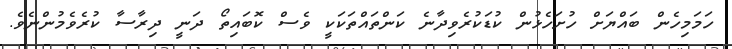
ހަމަމިހެން ބައްޔަށް ހުށަހެޅުން ކުޑަކުރެވިދާނެ ކަންތައްތަކަކީ ވެސް ކޮބައިތޯ ދަނީ ދިރާސާ ކުރެވެމުންނެވެ.